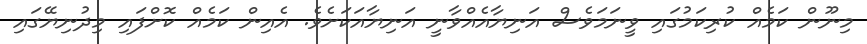
މިނޫން ކަމެއް ކުރިކަމުގައި ވީނަމަވެސް އަނިޔާއެއްވާނީ އަނިޔާއަކަށެވެ. އެއިން ކަމެއް ކޮށްފައި މިދުނިޔޭގައި